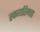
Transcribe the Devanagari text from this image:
स्कायरिमचा